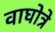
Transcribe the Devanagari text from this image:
वाघोत्रे